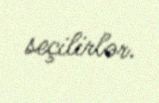
seçilirlər.